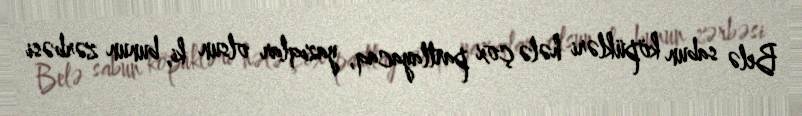
Belə sabun köpükləri hələ çox partlayacaq, yazıqlar olsun ki, bunun zərbəsi